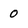
Character: 0